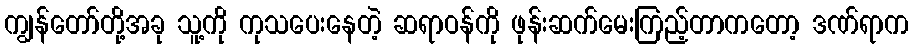
ကျွန်တော်တို့အခု သူ့ကို ကုသပေးနေတဲ့ ဆရာဝန်ကို ဖုန်းဆက်မေးကြည့်တာကတော့ ဒဏ်ရာက